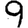
Digit: 9